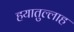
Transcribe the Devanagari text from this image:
हयातुल्लाह